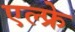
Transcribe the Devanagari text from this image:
एल्फ्रे